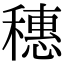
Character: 穗